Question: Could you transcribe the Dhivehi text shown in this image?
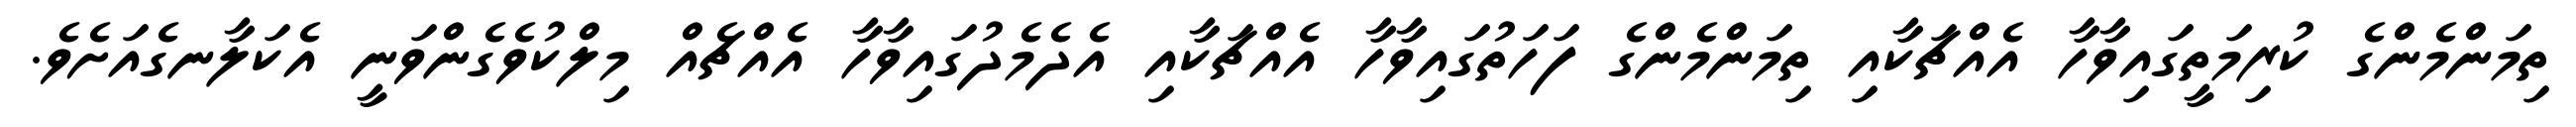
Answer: ތިމަންމެންގެ ކުރިމަތީގައިވާހާ އެއްޗަކާއި ތިމަންމެންގެ ފަހަތުގައިވާހާ އެއްޗަކާއި އެދެމެދުގައިވާހާ އެއްޗެއް މިލްކުވެގެންވަނީ އެކަލާނގެއަށެވެ.